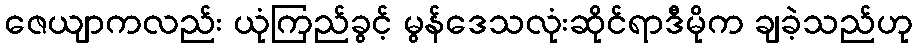
ဇေယျာကလည်း ယုံကြည်ခွင့် မွန်ဒေသလုံးဆိုင်ရာဒီမိုက ချခဲ့သည်ဟု